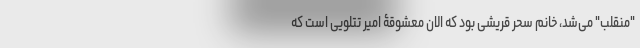
"منقلب" می‌شد، خانم سحر قریشی بود که الان معشوقۀ امیر تتلویی است که